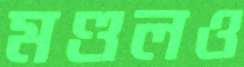
মণ্ডলও